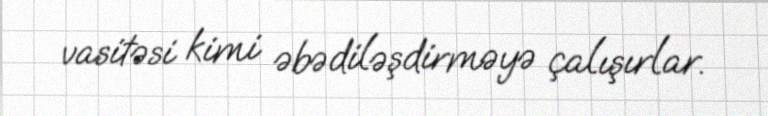
vasitəsi kimi əbədiləşdirməyə çalışırlar.